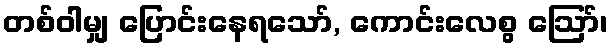
တစ်ဝါမျှ ပြောင်းနေရသော်, ကောင်းလေစွ ဩော်၊